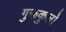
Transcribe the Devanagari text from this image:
गुरूकुलों